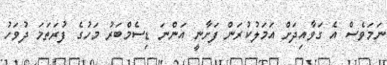
ނަމަވެސް އެ ގަވާއިދަށް އަމަލުކުރަން ފަށާނީ އަންނަ ޑިސެމްބަރު މަހުގެ ފުރަތަމަ ދުވަހު